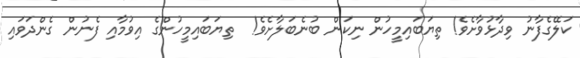
ކަލޭގެފާނު ވިދާޅުވާށެވެ! ތިޔަބައިމީހުން ނިކަން ބުނެބަލާށެވެ!  ތިޔަބައިމީހުންގެ އިވުމާއި ފެނުން ގެންދަވައި